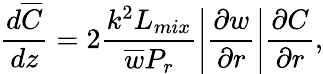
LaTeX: \frac{d\overline{{C}}}{dz}=2\frac{k^{2}{L_{mix}}}{\overline{{w}}P_{r}}\left|\frac{\partial w}{\partial r}\right|\frac{\partial C}{\partial r},